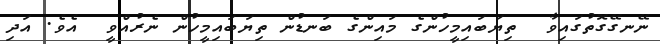
ނޭނގޭގޮތުގައިވާ  ތިޔަބައިމީހުންގެ މައިންގެ ބަނޑުން ތިޔަބައިމީހުން ނެރުއްވީ  އެވެ. އަދި